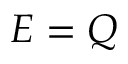
E = Q